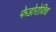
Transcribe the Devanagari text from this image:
फेडोरोविच